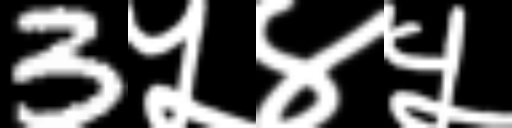
Text: 3५४५